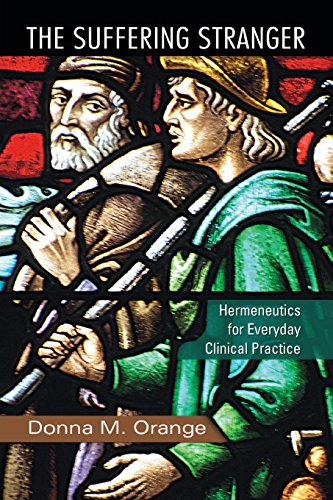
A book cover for The Suffering Stranger: Hermeneutics for Everyday Clinical Practice; Donna M. Orange; Medical Books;